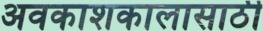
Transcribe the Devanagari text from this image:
अवकाशकालासाठी